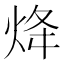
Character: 𤇺